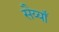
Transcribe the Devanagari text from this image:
सैय्याँ